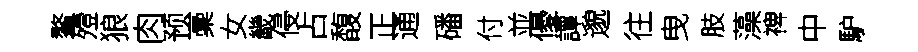
鳌殪狼肉预稾女畿侵占馥正通磻付並優譚邈往曳肢藻禆中馿